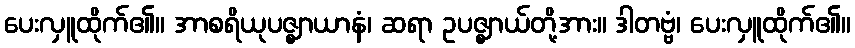
ပေးလှူထိုက်၏။ အာစရိယုပဇ္ဈာယာနံ၊ ဆရာ ဥပဇ္ဈာယ်တို့အား။ ဒါတဗ္ဗံ၊ ပေးလှူထိုက်၏။